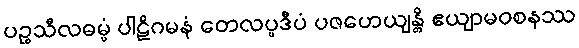
ပဉ္စသီလဓမ္မံ ပါဠိဂမနံ တေလပ္ပဒီပံ ပဇဟေယျန္တိ ဧယျာမဝစနဿ